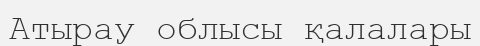
Атырау облысы қалалары